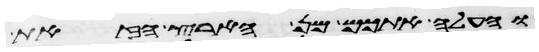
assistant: והעלה אתכם מן הארץ הזאת